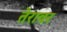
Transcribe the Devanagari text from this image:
तेरावर